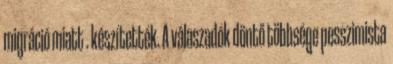
migráció miatt . készítették. A válaszadók döntő többsége pesszimista